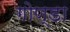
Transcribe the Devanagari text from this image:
गोण्‍डा